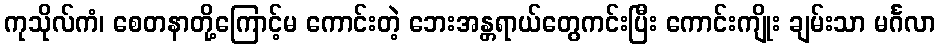
ကုသိုလ်ကံ၊ စေတနာတို့ကြောင့်မ ကောင်းတဲ့ ဘေးအန္တရာယ်တွေကင်းပြီး ကောင်းကျိုး ချမ်းသာ မင်္ဂလာ